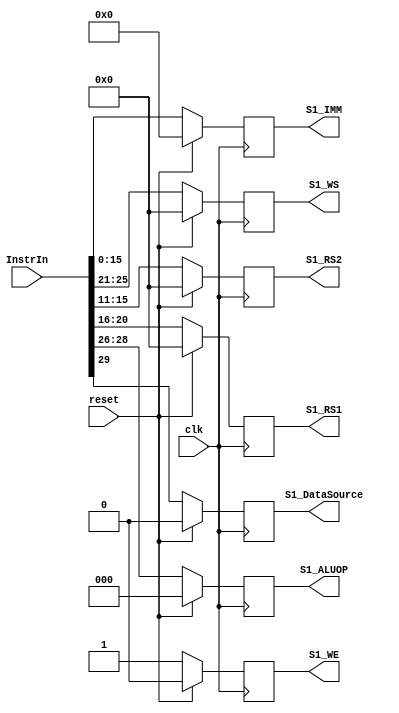
`timescale 1ns / 1ps
//////////////////////////////////////////////////////////////////////////////////
// Company: 
// Engineer: 
// 
// Design Name: 
// Module Name: stage_one
// Project Name: 
// Target Devices: 
// Tool Versions: 
// Description: 
// 
// Dependencies: 
// 
// Revision:
// Revision 0.01 - File Created
// Additional Comments:
// 
//////////////////////////////////////////////////////////////////////////////////


module stage_one(S1_RS1,S1_RS2,S1_IMM,S1_DataSource,S1_ALUOP,S1_WS,S1_WE,clk,reset,InstrIn); 
    input [31:0]InstrIn; 
    input clk,reset; 
    output reg [4:0]S1_RS1; 
    output reg [4:0]S1_RS2; 
    output reg [4:0]S1_WS; 
    output reg [15:0]S1_IMM; 
    output reg S1_DataSource; 
    output reg [2:0]S1_ALUOP; 
    output reg S1_WE; 
    
    always@(posedge clk) 
        begin 
        if(reset) 
            begin 
                S1_RS1 <= 5'd0; 
                S1_RS2 <= 5'd0; 
                S1_WS <= 5'd0; 
                S1_IMM <= 15'd0; 
                S1_DataSource <= 1'b0; 
                S1_ALUOP <= 3'b0; 
                S1_WE <= 1'b0; 
            end 
        else 
            begin 
                S1_RS1 <= InstrIn[20:16]; 
                S1_RS2 <= InstrIn[15:11]; 
                S1_WS <= InstrIn[25:21]; 
                S1_IMM <= InstrIn[15:0]; 
                S1_DataSource <= InstrIn[29]; 
                S1_ALUOP <= InstrIn[28:26]; 
                S1_WE <= 1'b1; 
            end 
        end        
endmodule